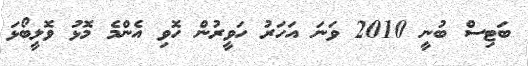
ބަޓިސް ބުނީ 2010 ވަނަ އަހަރު ހަވީރުން ހޮވި އެންމެ މޮޅު ވޮލީބޯޅަ